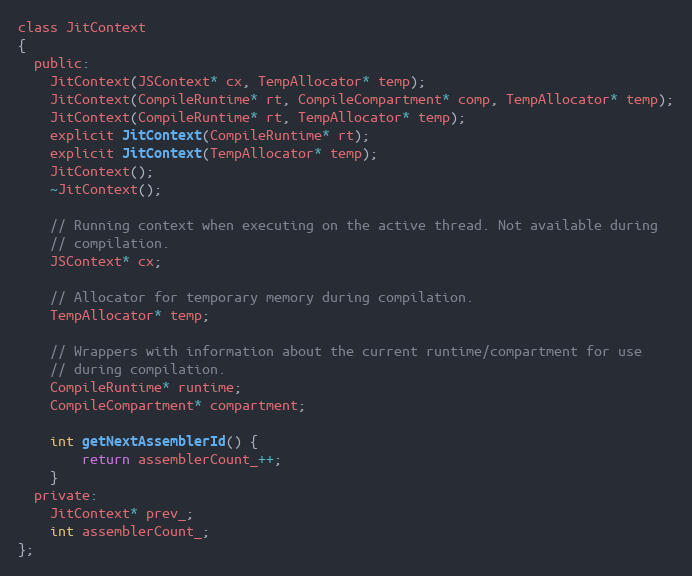
Language: C
class JitContext
{
  public:
    JitContext(JSContext* cx, TempAllocator* temp);
    JitContext(CompileRuntime* rt, CompileCompartment* comp, TempAllocator* temp);
    JitContext(CompileRuntime* rt, TempAllocator* temp);
    explicit JitContext(CompileRuntime* rt);
    explicit JitContext(TempAllocator* temp);
    JitContext();
    ~JitContext();

    // Running context when executing on the active thread. Not available during
    // compilation.
    JSContext* cx;

    // Allocator for temporary memory during compilation.
    TempAllocator* temp;

    // Wrappers with information about the current runtime/compartment for use
    // during compilation.
    CompileRuntime* runtime;
    CompileCompartment* compartment;

    int getNextAssemblerId() {
        return assemblerCount_++;
    }
  private:
    JitContext* prev_;
    int assemblerCount_;
};